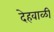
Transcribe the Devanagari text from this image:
देहवाळी